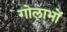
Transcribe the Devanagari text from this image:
गोलाभों